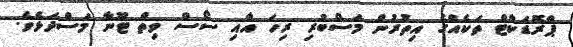
ޕްރޮޑަކްޓް ތަކެއްގެ އިތުރުން މަސްބުރި ރިހަ އާއި ސޯސް ވިތް ޓޫނާ މަސްދަޅެވެ.